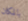
بالمكان